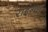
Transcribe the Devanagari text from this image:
राइन्दा